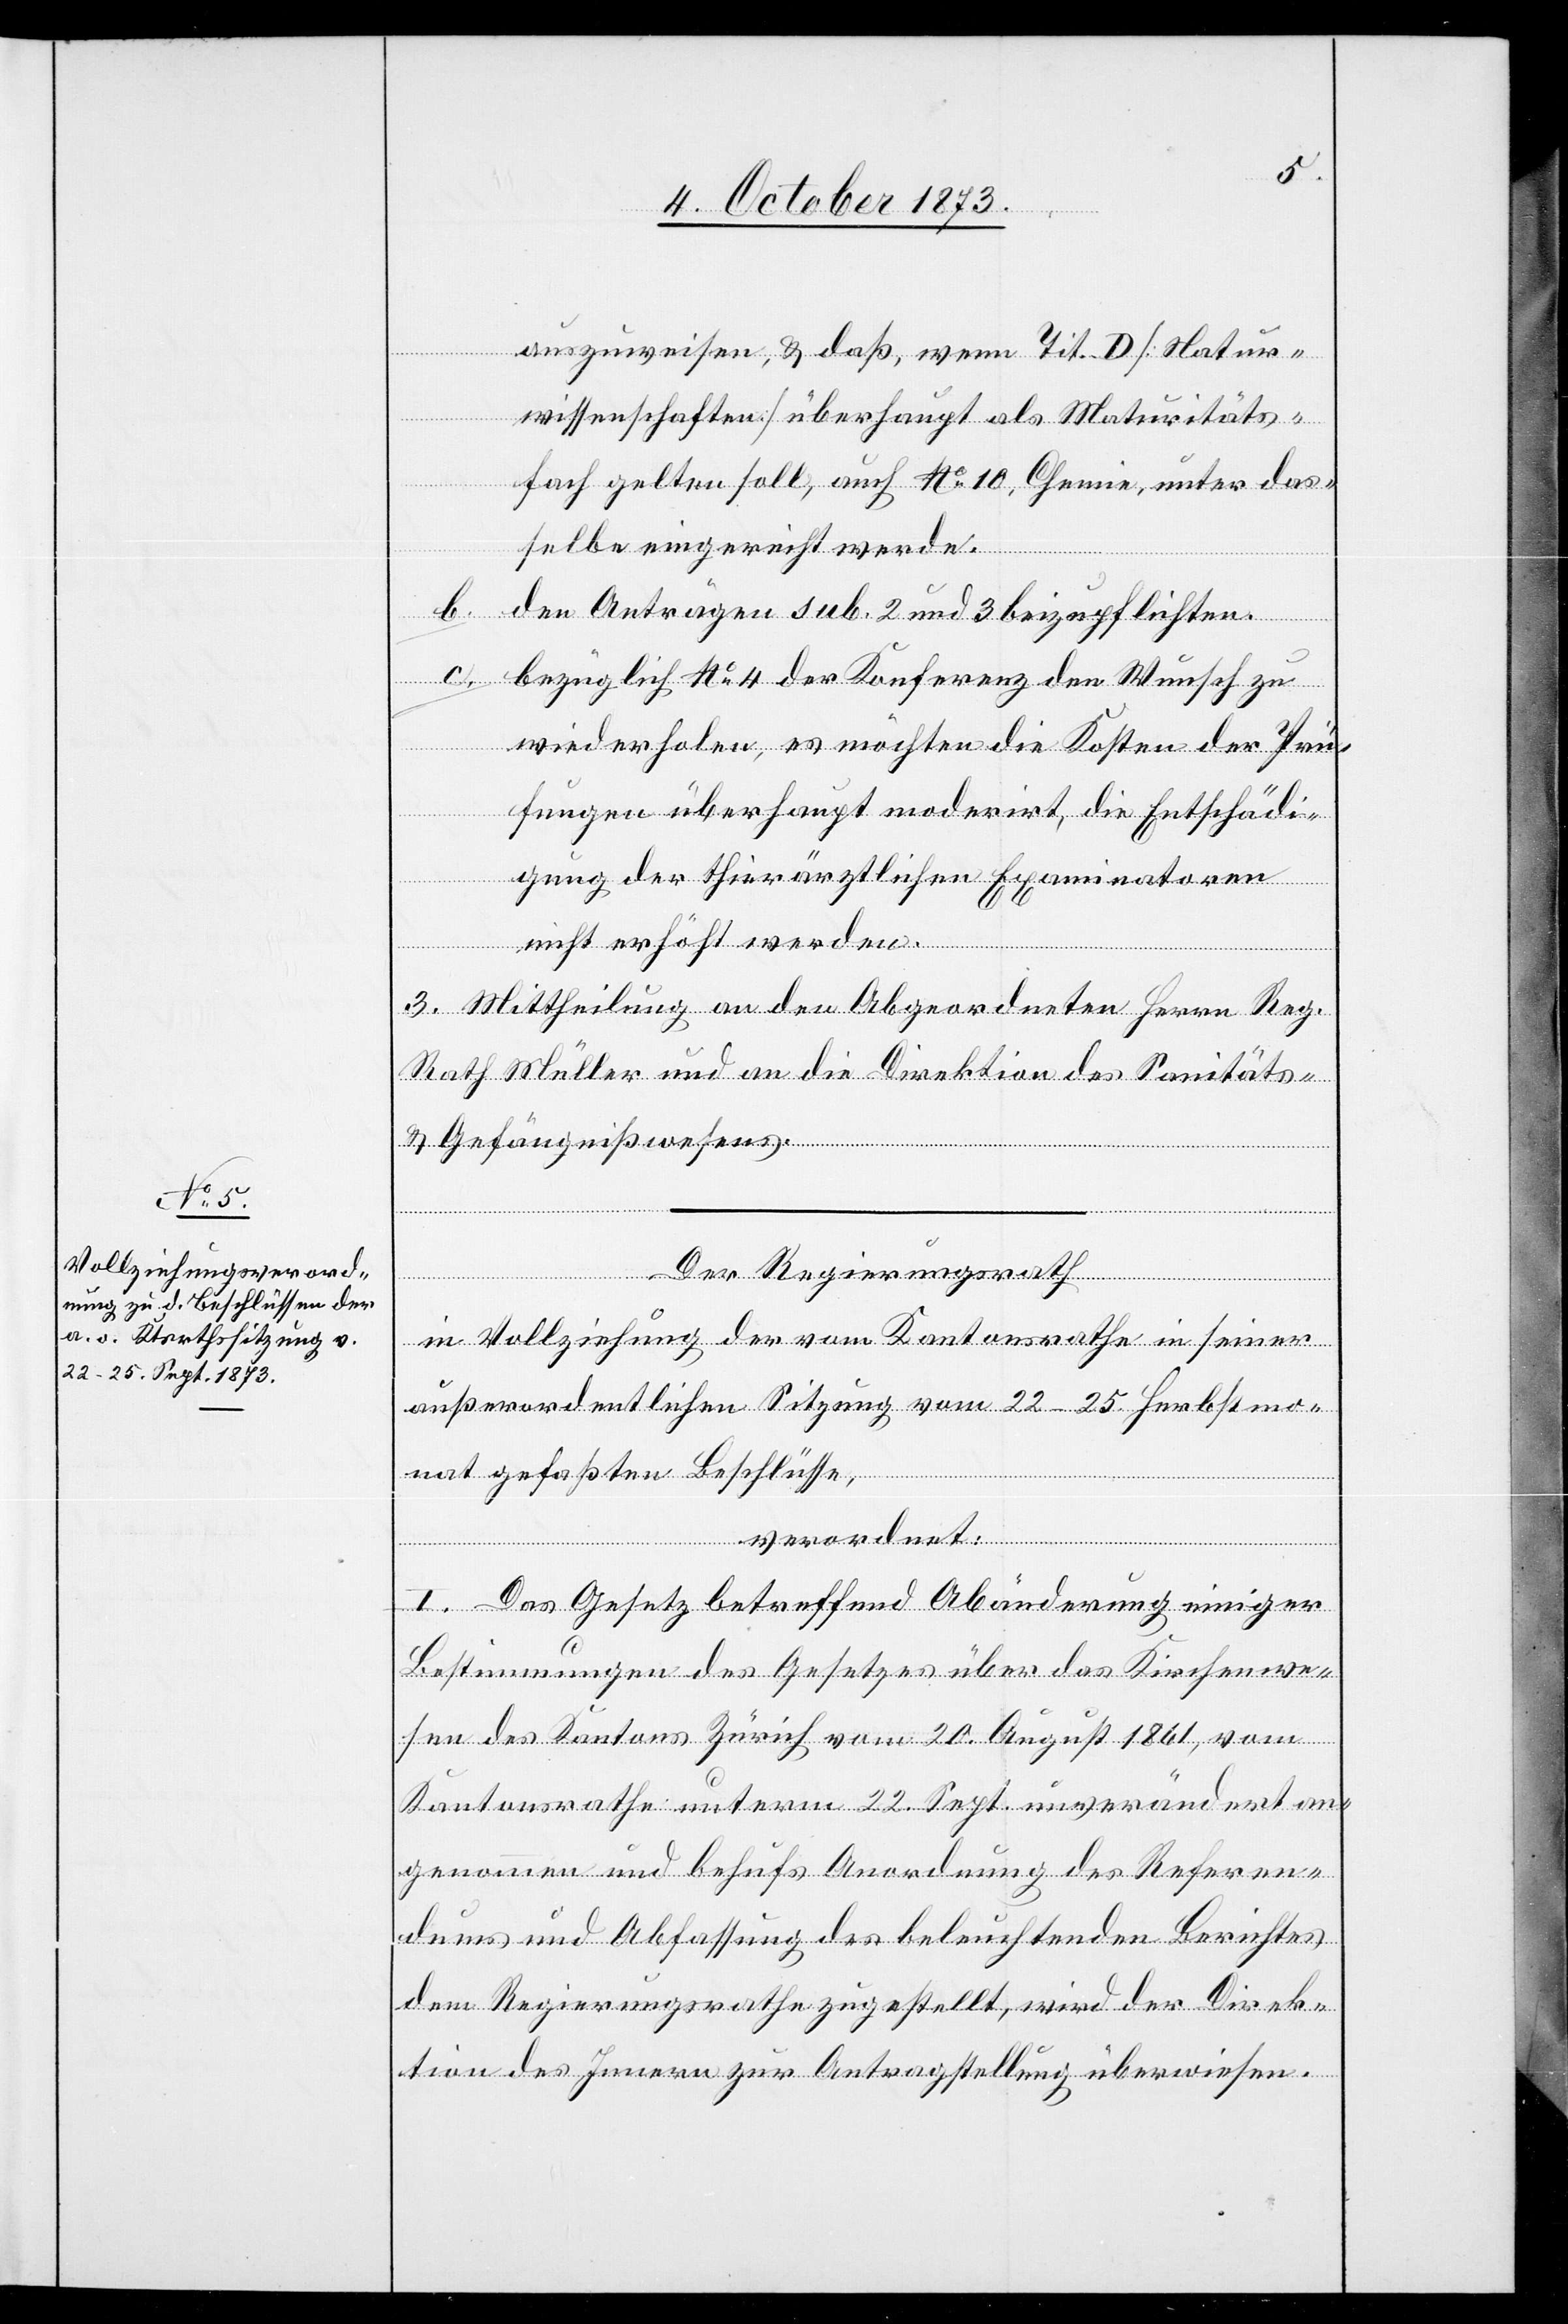
auszuweisen, & daß, wenn Tit. D [Natur¬
wissenschaften] überhaupt als Maturitäts¬
fach gelten soll, auch No 10, Chemie, unter das¬
selbe eingereicht werde.
b. den Anträgen sub. 2 und 3 beizupflichten.
c. bezüglich No 4 der Konferenz den Wunsch zu
wiederholen, es möchten die Kosten der Prü¬
fungen überhaupt moderirt, die Entschädi¬
gung der thierärztlichen Examinatoren
nicht erhöht werden.
3. Mittheilung an den Abgeordneten Herrn Reg.
Rath Müller und an die Direktion des Sanitäts-
& Gefängnißwesens.
Der Regierungsrath
in Vollziehung der vom Kantonsrathe in seiner
außerordentlichen Sitzung vom 22–25. Herbstmo¬
nat gefaßten Beschlüsse,
verordnet:
I. Das Gesetz betreffend Abänderung einiger
Bestimmungen des Gesetzes über das Kirchenwe¬
sen des Kantons Zürich vom 20. August 1861, vom
Kantonsrathe unterm 22. Sept. unverändert an¬
genommen und behufs Anordnung des Referen¬
dums und Abfassung des beleuchtenden Berichtes
dem Regierungsrathe zugestellt, wird der Direk¬
tion des Innern zur Antragstellung überwiesen.